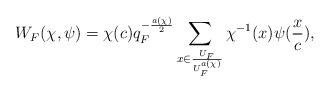
LaTeX: \begin{align*} W_F(\chi,\psi)=\chi(c)q_{F}^{-\frac{a(\chi)}{2}}\sum_{x\in \frac{U_F}{U_{F}^{a(\chi)}}}\chi^{-1}(x)\psi(\frac{x}{c}),\end{align*}